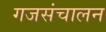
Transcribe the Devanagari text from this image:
गजसंचालन